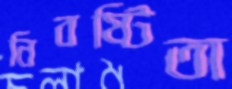
নিবষ্টিতা